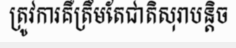
ត្រូវការគឺត្រឹមតែជាតិសុរាបន្តិច